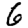
Digit: 6